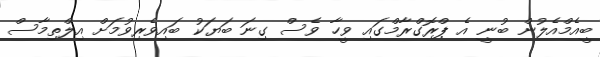
ބީއެމްއެލުން ބުނީ އެ ޕްރޮގްރާމްގައި ވީހާ ވެސް ގިނަ ބަޔަކު ބައިވެރިވުމަށް އިލްތިމާސް